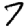
Digit: 7